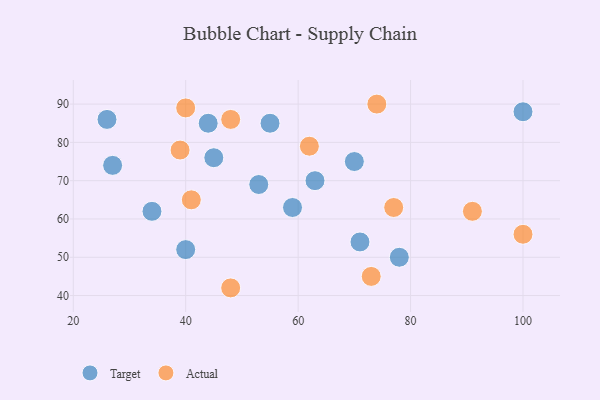
{"axis": {"x": "GDP", "y": "Life Expectancy"}, "legend": ["Actual", "Target"], "data": [{"x": "53", "y": 69, "type": "Target"}, {"x": "26", "y": 86, "type": "Target"}, {"x": "27", "y": 74, "type": "Target"}, {"x": "40", "y": 52, "type": "Target"}, {"x": "63", "y": 70, "type": "Target"}, {"x": "70", "y": 75, "type": "Target"}, {"x": "71", "y": 54, "type": "Target"}, {"x": "78", "y": 50, "type": "Target"}, {"x": "100", "y": 88, "type": "Target"}, {"x": "44", "y": 85, "type": "Target"}, {"x": "34", "y": 62, "type": "Target"}, {"x": "45", "y": 76, "type": "Target"}, {"x": "55", "y": 85, "type": "Target"}, {"x": "59", "y": 63, "type": "Target"}, {"x": "74", "y": 90, "type": "Actual"}, {"x": "48", "y": 42, "type": "Actual"}, {"x": "62", "y": 79, "type": "Actual"}, {"x": "41", "y": 65, "type": "Actual"}, {"x": "40", "y": 89, "type": "Actual"}, {"x": "77", "y": 63, "type": "Actual"}, {"x": "39", "y": 78, "type": "Actual"}, {"x": "91", "y": 62, "type": "Actual"}, {"x": "48", "y": 86, "type": "Actual"}, {"x": "73", "y": 45, "type": "Actual"}, {"x": "100", "y": 56, "type": "Actual"}]}